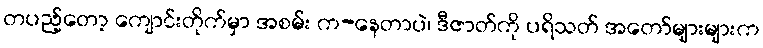
တပည့်တော့ ကျောင်းတိုက်မှာ အစမ်း က-နေတာပဲ၊ ဒီဇာတ်ကို ပရိသတ် အတော်များများက